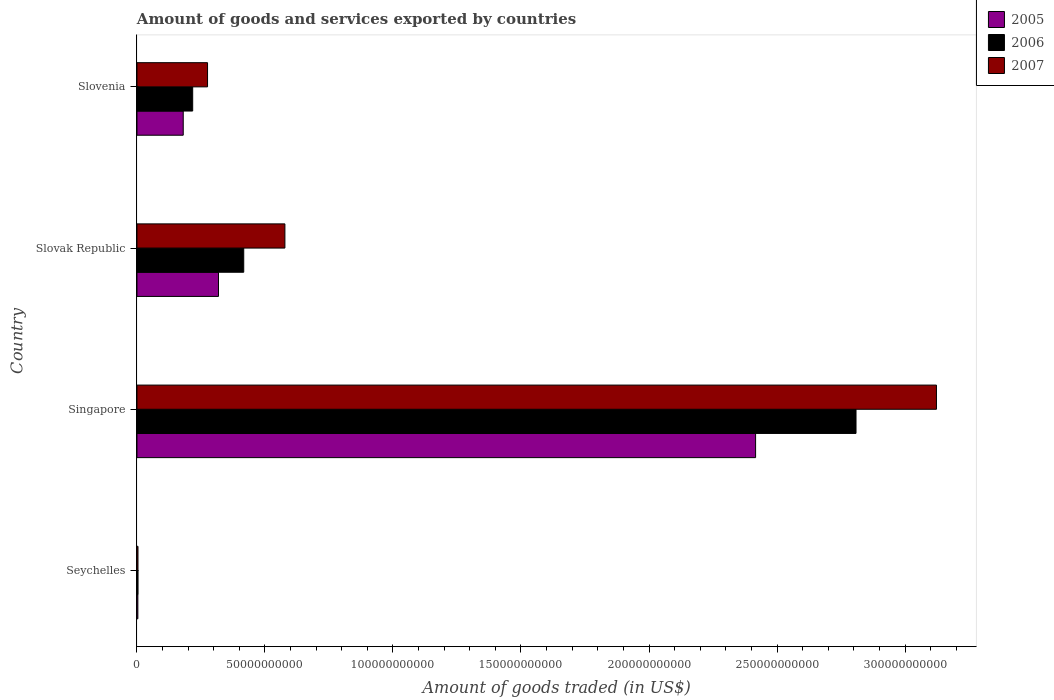
| Country | 2005 | 2006 | 2007 |
 | --- | --- | --- | --- |
 | Seychelles | 3.5e+08 | 4.19e+08 | 3.98e+08 |
 | Singapore | 2.42e+11 | 2.81e+11 | 3.12e+11 |
 | Slovak Republic | 3.18e+10 | 4.17e+10 | 5.78e+10 |
 | Slovenia | 1.81e+10 | 2.18e+10 | 2.76e+10 |